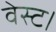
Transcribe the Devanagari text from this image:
वेस्ट।